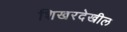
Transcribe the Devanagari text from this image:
शिखरदेखील